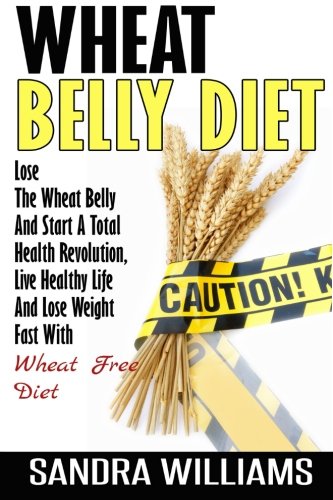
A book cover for Wheat Belly Diet: Lose The Wheat Belly And Start A Total Health Revolution, Live Healthy Life And Lose Weight Fast With Wheat Free Diet (Wheat Belly ... Natural Foods Shopping Guide) (Volume 1); Sandra Williams; Health, Fitness & Dieting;